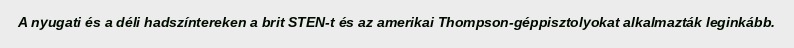
A nyugati és a déli hadszíntereken a brit STEN-t és az amerikai Thompson-géppisztolyokat alkalmazták leginkább.